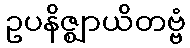
ဥပနိဇ္ဈာယိတဗ္ဗံ